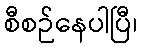
စီစဉ်နေပါပြီ၊